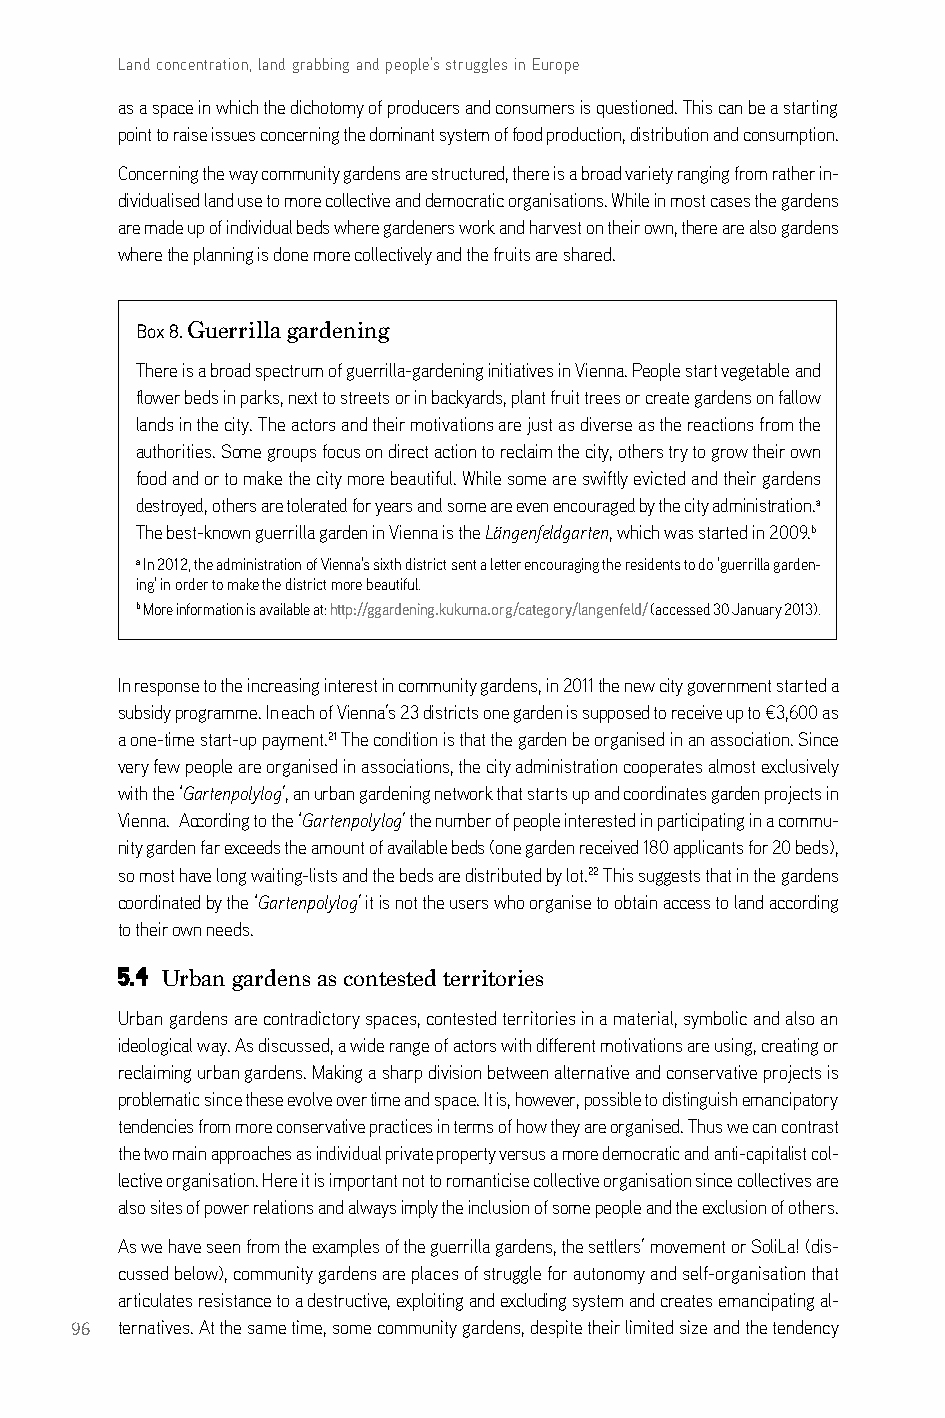
Land concentration, land grabbing and people’s struggles in Europe
 as a space in which the dichotomy of producers and consumers is questioned. This can be a starting
 point to raise issues concerning the dominant system of food production, distribution and consumption.
 concerning the way community gardens are structured, there is a broad variety ranging from rather in-
 dividualised land use to more collective and democratic organisations. While in most cases the gardens
 are made up of individual beds where gardeners work and harvest on their own, there are also gardens
 where the planning is done more collectively and the fruits are shared.
 Box 8. Guerrilla gardening
 There is a broad spectrum of guerrilla-gardening initiatives in Vienna. People start vegetable and
 flower beds in parks, next to streets or in backyards, plant fruit trees or create gardens on fallow
 lands in the city. The actors and their motivations are just as diverse as the reactions from the
 authorities. some groups focus on direct action to reclaim the city, others try to grow their own
 food and or to make the city more beautiful. While some are swiftly evicted and their gardens
 destroyed, others are tolerated for years and some are even encouraged by the city administration.a
 The best-known guerrilla garden in Vienna is the Längenfeldgarten, which was started in 2009.b
 a in 2012, the administration of Vienna’s sixth district sent a letter encouraging the residents to do ‘guerrilla garden-
 ing’ in order to make the district more beautiful.
 b More information is available at: http://ggardening.kukuma.org/category/langenfeld/ (accessed 30 January 2013).
 in response to the increasing interest in community gardens, in 2011 the new city government started a
 subsidy programme. in each of Vienna’s 23 districts one garden is supposed to receive up to €3,600 as
 a one-time start-up payment.21 The condition is that the garden be organised in an association. since
 very few people are organised in associations, the city administration cooperates almost exclusively
 with the ‘Gartenpolylog’, an urban gardening network that starts up and coordinates garden projects in
 Vienna. according to the ‘Gartenpolylog’ the number of people interested in participating in a commu-
 nity garden far exceeds the amount of available beds (one garden received 180 applicants for 20 beds),
 so most have long waiting-lists and the beds are distributed by lot.22 This suggests that in the gardens
 coordinated by the ‘Gartenpolylog’ it is not the users who organise to obtain access to land according
 to their own needs.
 5.4 Urban gardens as contested territories
 Urban gardens are contradictory spaces, contested territories in a material, symbolic and also an
 ideological way. as discussed, a wide range of actors with different motivations are using, creating or
 reclaiming urban gardens. Making a sharp division between alternative and conservative projects is
 problematic since these evolve over time and space. it is, however, possible to distinguish emancipatory
 tendencies from more conservative practices in terms of how they are organised. Thus we can contrast
 the two main approaches as individual private property versus a more democratic and anti-capitalist col-
 lective organisation. Here it is important not to romanticise collective organisation since collectives are
 also sites of power relations and always imply the inclusion of some people and the exclusion of others.
 as we have seen from the examples of the guerrilla gardens, the settlers’ movement or solila! (dis-
 cussed below), community gardens are places of struggle for autonomy and self-organisation that
 articulates resistance to a destructive, exploiting and excluding system and creates emancipating al-
 96 ternatives. at the same time, some community gardens, despite their limited size and the tendency